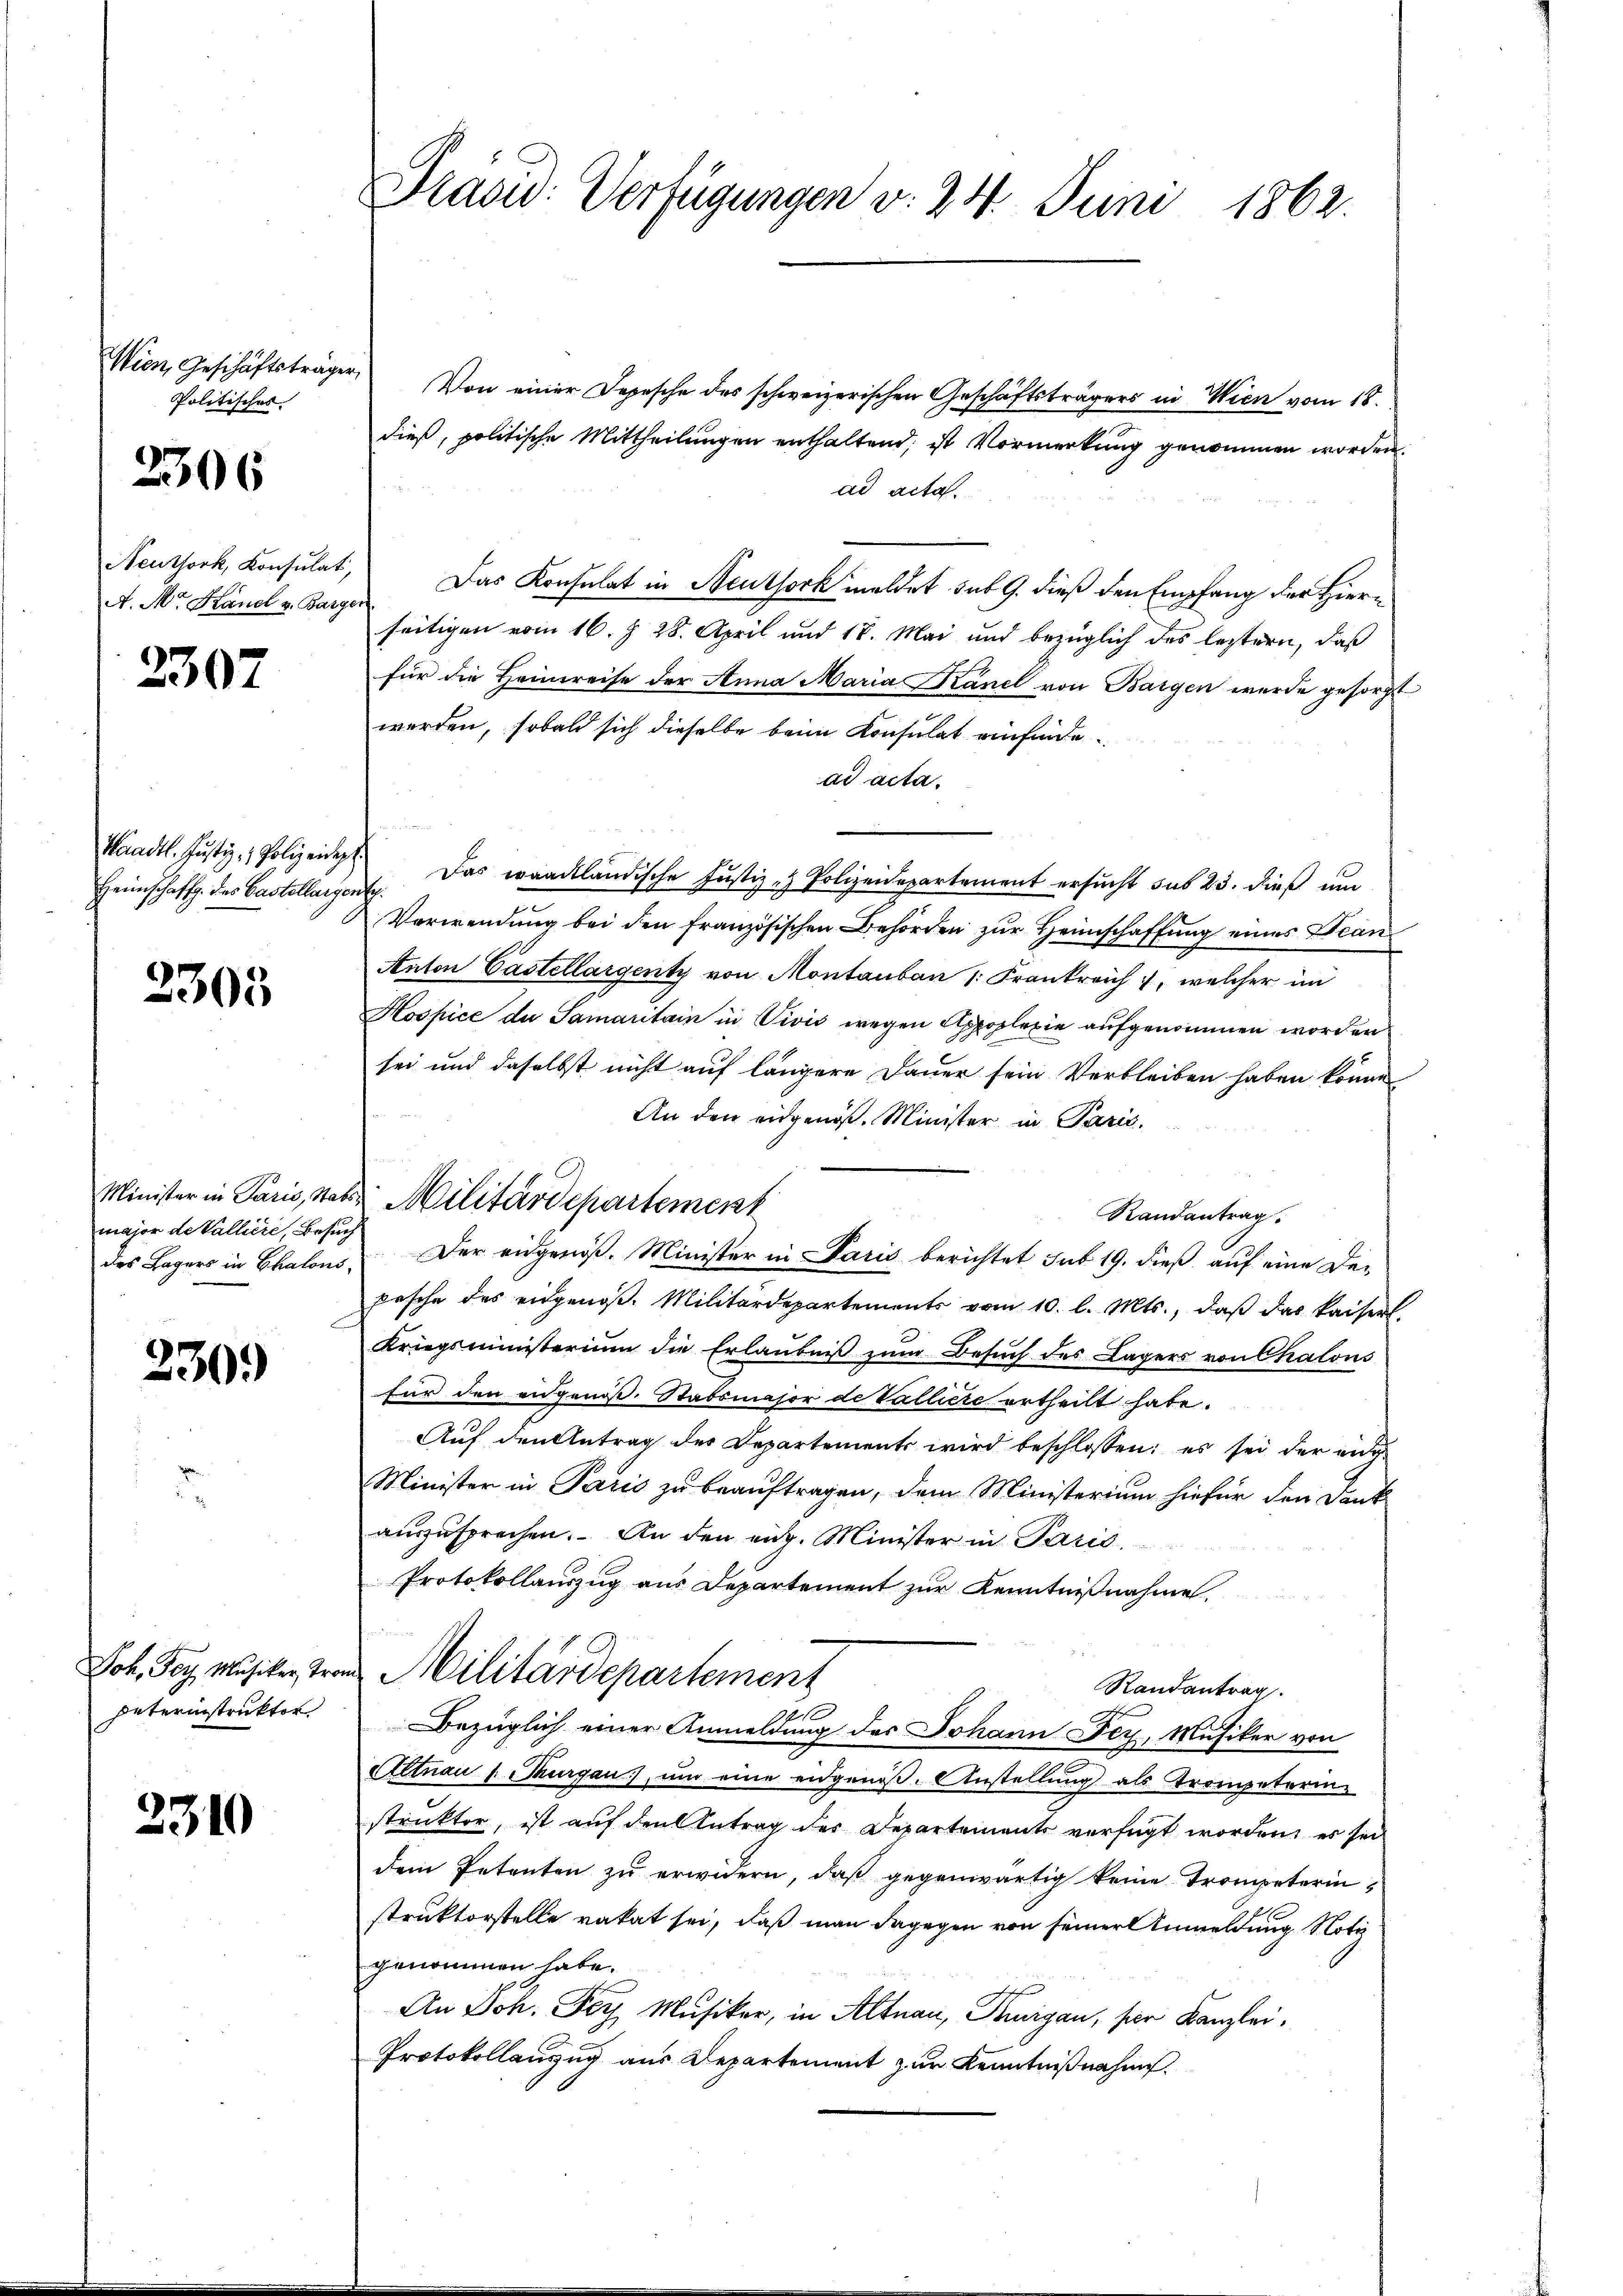
Wien, Geschäftsträger,
Politisches |

2306

A. Mr. Kandl v. Bargen

2307

Heimschaffg. Das Castellarge

2305

major de Valliere, Besuch

230.

Joh. Bey Musiker, Tron
paterinstruktor

2310

Präsid: Verfügungen v. 24. Juni 1862.

Von einer Depesche des schweizerischen Geschäftsträgers in Wien vom 18.
dieß, politische Mittheilungen enthaltend; ist Vormerkung genommen worden.
ad acta.
Neuthork, Konsulat. Das Konsulat in Steutsock meldet sub 9. dieß den Empfang der Hierseitigen vom 16. § 28. April und 18. Mai und bezüglich des leztern, daß
für die Heimreise der Anna Maria Känel von Bargen wurde gesorgt
werden, sobald sich dieselbe beim Konsulat einfindead acta.
Waadt. Jŭstiz - Polizeidet. Das waadtländische Justiz- & Polizeidepartement ersŭcht sub 23. dieß um
ah
Verwendung bei den französischen Behörden zur Heimschaffung eines Bean
Anton Castellargenty von Montauban 1. Frankreich, welcher im
Hospice de Samaritain in Vivić wegen Appoplexie aufgenommen worden
sei und daselbst nicht auf längere Dauer sein Verbleiben haben könne
An den eidgenöß. Minister in Paris
Randantrag
des Lagers in Chalons, Der eidgenoß. Minister in Paris berichtet sub 19. dieß auf eine De-
pasche des eidgenoβ. Militärdepartements vom 10. l. Mts., daβ das kaiserl.
Kriegsministerium die Erlaubniß zum Besuch des Lagers von Chalons
für den eidgenoss. Stabsmajor de Valliere ertheilt habe.
Auf den Antrag des Departements wird beschlossen: es sei der ange
Minister in Paris zu beauftragen, dem Ministerium hiefür den Dank
auszusprechen. An den eig. Minister in Paris,
Protokollauszug aus Departement zur Kenntnißnahme.
Militärdepartement
Randantrag.
Bezüglich einer Anmeldung des Johann Fey, Musiker von
Altnau u. Thurgau, ŭm eine eidgenöβ. Anstellŭng als Trompeterin-
struktor, ist auf den Antrag des Departements verfügt worden, es sei
dem Petenten zu erwidern, daß gegenwärtig keine Trompeterin
struktorstelle vakat sei, daß man dagegen von seiner Anmeldung Noti
genommen habe.
An Joh. Per Musiker, in Altnau, Thurgau, ser Kanzlei¬
Protokollanzug aus Departement zur Kenntnißnahme.

Minister in Paris, hat. Militärdepartement